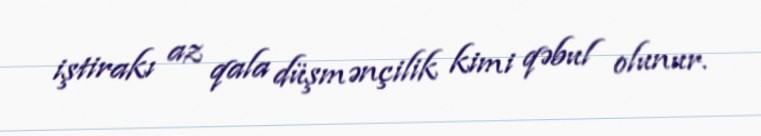
iştirakı az qala düşmənçilik kimi qəbul olunur.